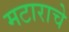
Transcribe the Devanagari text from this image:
मटाराचे